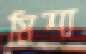
মিশা